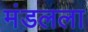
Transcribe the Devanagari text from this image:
मंडलला